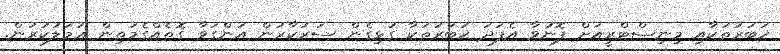
ޚަބަރުތަކާއި މިނިސްޓްރީއަށް ފޮނުވާ އެފަދަ ޚަބަރުތަކާ ގުޅިގެން ސަރުކާރުން އަންގަވާ ގޮތެއްގެމަތިން ޢަމަލުކުރުން.